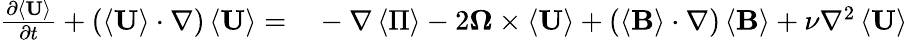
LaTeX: \begin{array}{rl}{\frac{\partial\left\langle\mathbf{U}\right\rangle}{\partial t}+\left(\left\langle\mathbf{U}\right\rangle\cdot\nabla\right)\left\langle\mathbf{U}\right\rangle=}&{{}-\nabla\left\langle\Pi\right\rangle-2\boldsymbol{\Omega}\times\langle\mathbf{U}\rangle+\left(\left\langle\mathbf{B}\right\rangle\cdot\nabla\right)\left\langle\mathbf{B}\right\rangle+\nu\nabla^{2}\left\langle\mathbf{U}\right\rangle}\end{array}